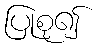
ပြုစု၍